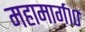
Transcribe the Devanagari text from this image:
महामार्ग१०